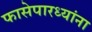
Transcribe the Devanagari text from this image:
फासेपारध्यांना